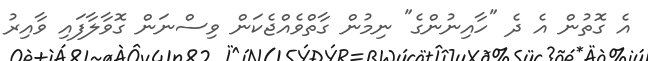
އެ ގޮތުން އެ ދެ "ހާއިނުންގެ" ނިމުން ގާތްވެއްޖެކަން ވިސްނަން ގޮވާލާފައި ވާއިރު